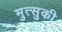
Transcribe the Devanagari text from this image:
मुत्सुकी